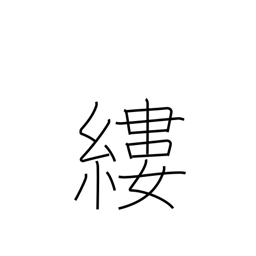
Meaning: thread